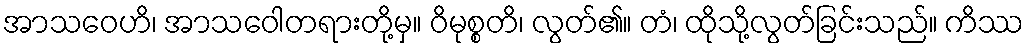
အာသဝေဟိ၊ အာသဝေါတရားတို့မှ။ ဝိမုစ္စတိ၊ လွတ်၏။ တံ၊ ထိုသို့လွတ်ခြင်းသည်။ ကိဿ